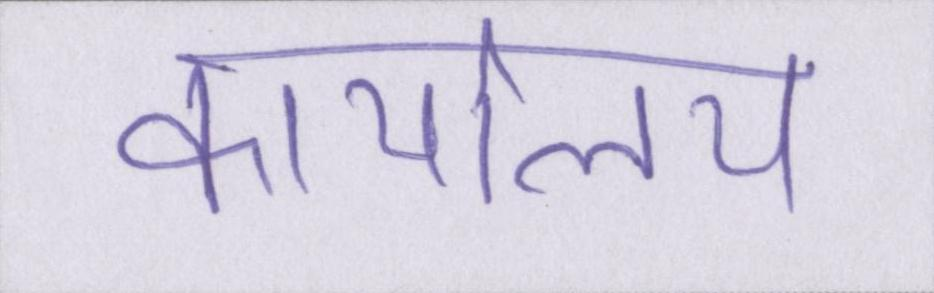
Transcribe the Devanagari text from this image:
कार्यालय